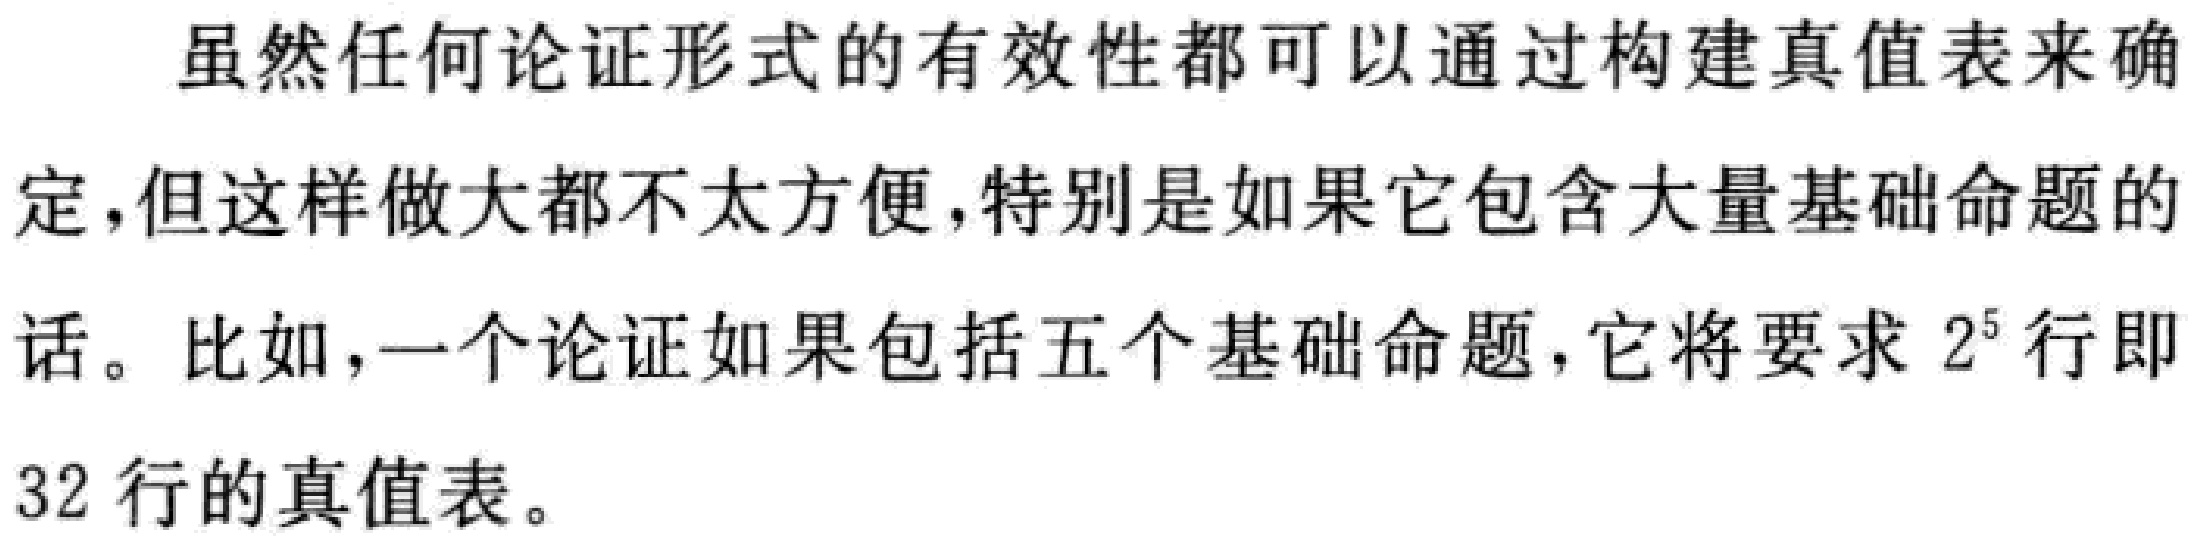
虽然任何论证形式的有效性都可以通过构建真值表来确定，但这样做大都不太方便，特别是如果它包含大量基础命题的话。比如，一个论证如果包括五个基础命题，它将要求 \(2^{5}\) 行即32 行的真值表。